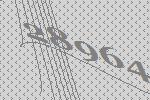
28964